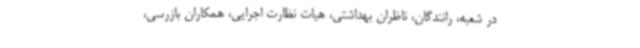
در شعبه، رانندگان، ناظران بهداشتی، هیات نظارت اجرایی، همکاران بازرسی،